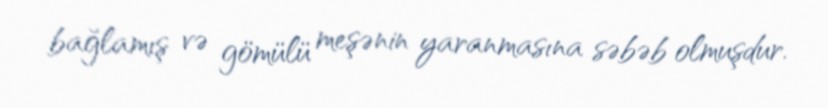
bağlamış və gömülü meşənin yaranmasına səbəb olmuşdur.